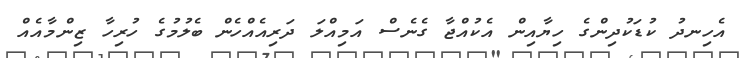
އެހިނދު ކުޑަކުދިންގެ ހިޔާއިން އެކުއްޖާ ގެނެސް އަމިއްލަ ދަރިއެއްހެން ބެލުމުގެ ހުރިހާ ޒިންމާއެއް